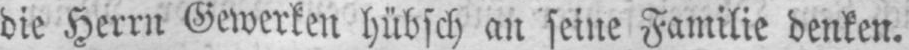
die Herrn Gewerken hübsch an seine Familie denken.